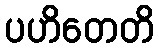
ပဟိတေတိ